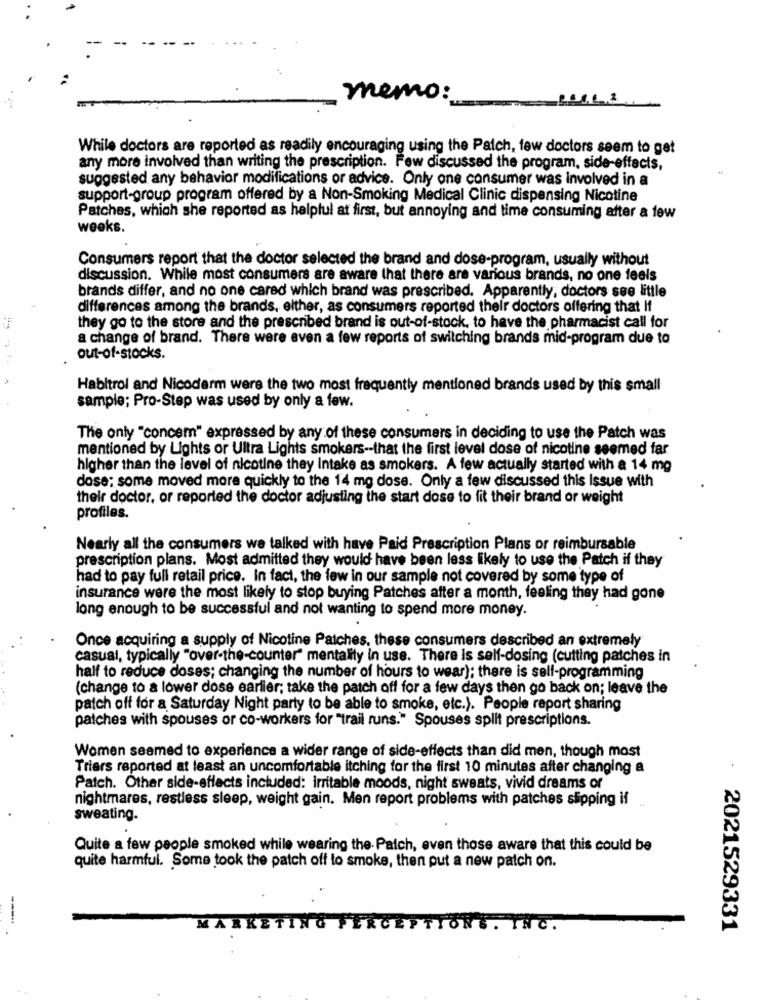
memo:
While doctors are reported as readily encouraging using the Patch, few doctors seem to get
any more involved than writing the prescription. Few discussed the program, side-effects,
suggested any behavior modifications or advice. Only one consumer was involved in a
support-group program offered by a Non-Smoking Medical Clinic dispensing Nicotine
Patches, which she reported as helpful at first, but annoying and time consuming after a few
weeks.
Consumers report that the doctor selected the brand and dose-program, usually without
discussion. While most consumers are aware that there are various brands, no one feels
brands differ, and no one cared which brand was prescribed. Apparently, doctors see little
differences among the brands. either, as consumers reported their doctors offering that If
they go to the store and the prescribed brand is out-of-stock, to have the pharmacist call for
a change of brand. There were aven a few reports of switching brands mid-program due to
out-of-stocks.
Habltrol and Nicoderm were the two most frequently mentioned brands used by this small
sample; Pro-Step was used by only a few.
The only "concern" expressed by any of these consumers in deciding to use the Patch was
mentioned by Lights or Ultra Lights smokers -- that the first level dose of nicotine seemed far
higher than the level of nicotine they Intake as smokers. A few actually started with a 14 mg
dose; some moved more quickly to the 14 mg dose. Only a few discussed this Issue with
their doctor, or reported the doctor adjusting the start dose to fit their brand or weight
profiles.
Nearly all the consumers we talked with have Paid Prescription Plans or reimbursable
prescription plans. Most admitted they would have been less likely to use the Patch if they
had to pay full retail price. In fact, the few in our sample not covered by some type of
insurance were the most likely to stop buying Patches after a month, feeling they had gone
long enough to be successful and not wanting to spend more money.
Once acquiring a supply of Nicotine Patches, these consumers described an extremely
casual, typically "over-the-counter" mentality in use. There is self-dosing (cutting patches in
half to reduce doses; changing the number of hours to wear); there is self-programming
(change to a lower dose earlier; take the patch off for a few days then go back on; leave the
patch off for a Saturday Night party to be able to smoke, etc.). People report sharing
patches with spouses or co-workers for "trail runs." Spouses split prescriptions.
Women seemed to experience a wider range of side-effects than did men, though most
Triers reported at least an uncomfortable itching for the first 10 minutes after changing a
Patch. Other side-effects included: irritable moods, night sweats, vivid dreams or
nightmares, restless sleep, weight gain. Men report problems with patches slipping if
sweating.
Quite a few people smoked while wearing the Patch, even those aware that this could be
quite harmful. Some took the patch off to smoke, then put a new patch on.
----
MARKET
TIONS. INC.
· 2021529331